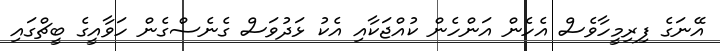
އޭނަގެ ފިރިމީހާވެސް އެހެން އަންހެން ކުއްޖަކާއި އެކު ޅަދުވަސް ގެނެސްގެން ހަވާއީގެ ބީޗްގައި